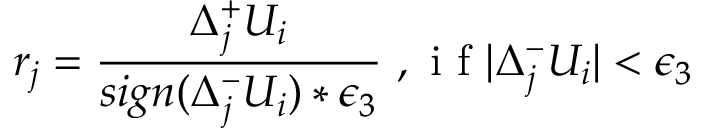
r _ { j } = \frac { \Delta _ { j } ^ { + } U _ { i } } { s i g n ( \Delta _ { j } ^ { - } U _ { i } ) * \epsilon _ { 3 } } \mathrm { ~ , ~ i ~ f ~ } | \Delta _ { j } ^ { - } U _ { i } | < \epsilon _ { 3 }